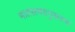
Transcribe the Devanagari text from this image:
मातस्त्वदनुसरणं